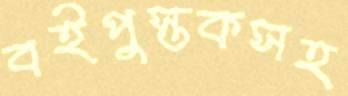
বইপুস্তকসহ